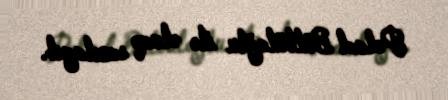
Polad Bülbüloğlu ilə əlaqə saxlayıb.